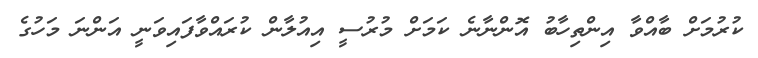
ކުރުމަށް ބާއްވާ އިންތިހާބު އޮންނާނެ ކަމަށް މުރުސީ އިއުލާން ކުރައްވާފައިވަނީ އަންނަ މަހުގެ